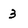
Character: 3